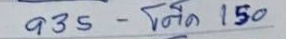
935 - โต๊ด 150